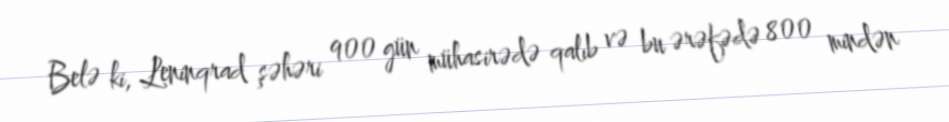
Belə ki, Leninqrad şəhəri 900 gün mühasirədə qalıb və bu ərəfədə 800 mindən